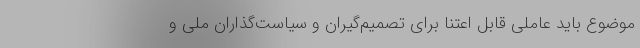
موضوع باید عاملی قابل اعتنا برای تصمیم‌گیران و سیاست‌گذاران ملی و